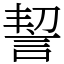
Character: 䛚